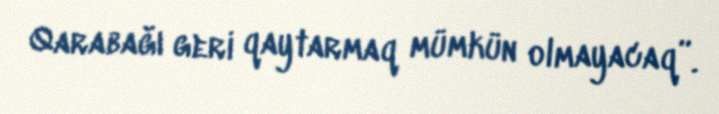
Qarabağı geri qaytarmaq mümkün olmayacaq”.